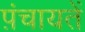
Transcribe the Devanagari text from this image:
प़ंचायतें